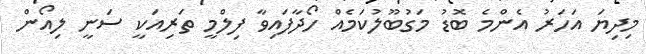
މިދިޔަ އަހަރު އެންމެ ބޮޑު މަގުބޫލުކަމެއް ހޯދާފައިވާ ފިލްމީ ތަރިއަކީ ސަނީ ލިއޯން